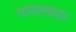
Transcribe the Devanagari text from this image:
मायाख्या।